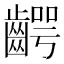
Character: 齶